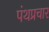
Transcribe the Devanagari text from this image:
पंथप्रचार